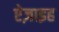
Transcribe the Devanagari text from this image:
ऐज़ाइह